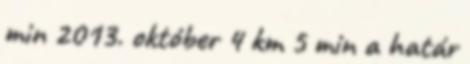
min 2013. október 4 km 5 min a határ